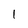
Character: 1